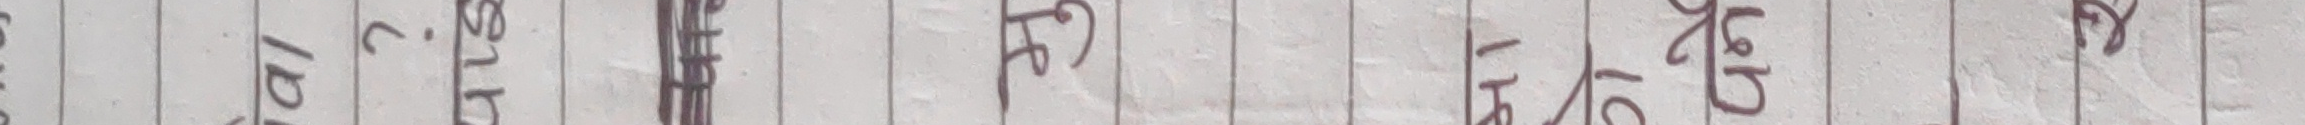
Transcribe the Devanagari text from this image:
१ वगैरा ३ १६ १५ कहाँ